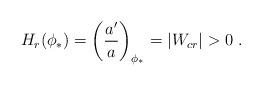
LaTeX: \begin{align*} H_r (\phi_{*})= \left({a'\over a}\right)_{\phi_{*}} = | W_{cr}| > 0\ .\end{align*}